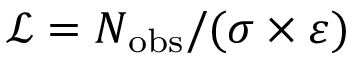
\mathcal { L } = N _ { \mathrm { o b s } } / ( \sigma \times \varepsilon )